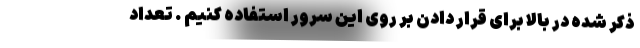
ذکر شده در بالا برای قرار دادن بر روی این سرور استفاده کنیم . تعداد